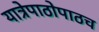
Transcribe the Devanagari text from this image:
यात्रेपाठोपाठच